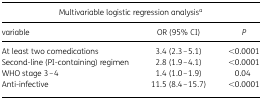
<table><thead><tr><td colspan="3"><b>Multivariable logistic regression analysis<sup>a</sup></b></td></tr><tr><td><b>variable</b></td><td><b>OR (95% CI)</b></td><td><b><i>P</i></b></td></tr></thead><tbody><tr><td>At least two comedications</td><td>3.4 (2.3–5.1)</td><td>&lt;0.0001</td></tr><tr><td>Second-line (PI-containing) regimen</td><td>2.8 (1.9–4.1)</td><td>&lt;0.0001</td></tr><tr><td>WHO stage 3–4</td><td>1.4 (1.0–1.9)</td><td>0.04</td></tr><tr><td>Anti-infective</td><td>11.5 (8.4–15.7)</td><td>&lt;0.0001</td></tr></tbody></table>